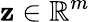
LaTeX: \mathbf{z}\in\mathbb{R}^{m}